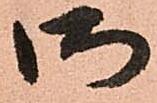
御